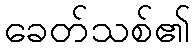
ခေတ်သစ်၏